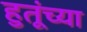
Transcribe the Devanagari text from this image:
हुतूंच्‍या